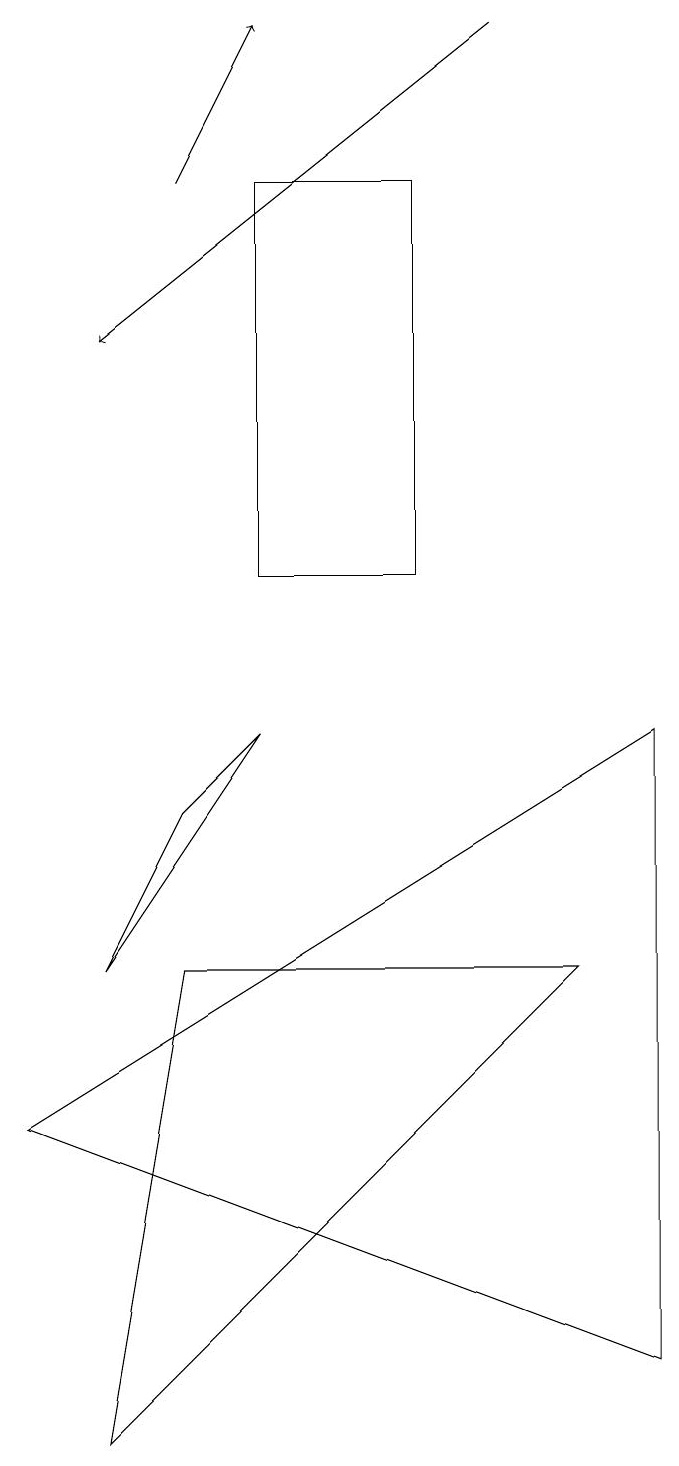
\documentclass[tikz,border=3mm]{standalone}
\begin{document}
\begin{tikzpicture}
\draw (4,9) -- (2,6) -- (3,8) -- cycle;
\draw[->] (7,18) -- (2,14);
\draw (9,1) -- (9,9) -- (1,4) -- cycle;
\draw[->] (3,16) -- (4,18);
\draw (2,0) -- (3,6) -- (8,6) -- cycle;
\draw (6,11) rectangle (4,16);
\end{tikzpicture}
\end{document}